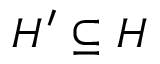
H ^ { \prime } \subseteq H